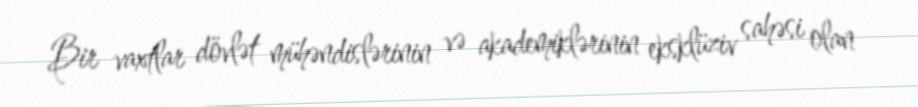
Bir vaxtlar dövlət mühəndislərinin və akademiklərinin eksklüziv sahəsi olan